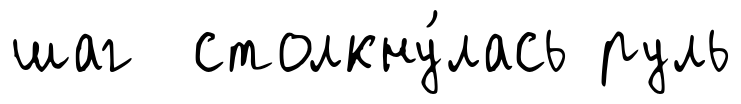
шаг столкну́лась руль